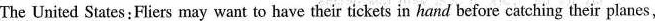
The United States:Fliers may want to have their tickets in hand before catching their planes,